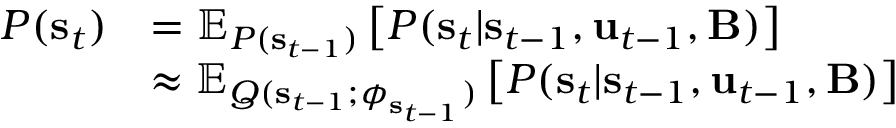
\begin{array} { r l } { P ( \mathbf { s } _ { t } ) } & { = \mathbb { E } _ { P ( \mathbf { s } _ { t - 1 } ) } \left[ P ( \mathbf { s } _ { t } | \mathbf { s } _ { t - 1 } , \mathbf { u } _ { t - 1 } , \mathbf { B } ) \right] } \\ & { \approx \mathbb { E } _ { Q ( \mathbf { s } _ { t - 1 } ; \boldsymbol { \phi } _ { \mathbf { s } _ { t - 1 } } ) } \left[ P ( \mathbf { s } _ { t } | \mathbf { s } _ { t - 1 } , \mathbf { u } _ { t - 1 } , \mathbf { B } ) \right] } \end{array}